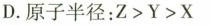
D.原子半径：$$Z > Y > X$$